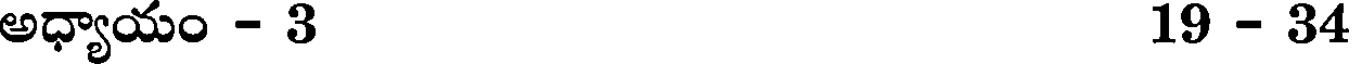
అధ్యాయం - 3 19 - 34